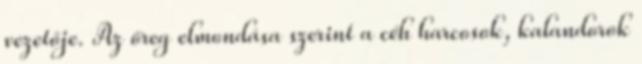
vezetője. Az öreg elmondása szerint a céh harcosok, kalandorok